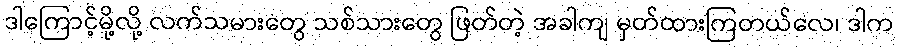
ဒါကြောင့်မို့လို့ လက်သမားတွေ သစ်သားတွေ ဖြတ်တဲ့ အခါကျ မှတ်ထားကြတယ်လေ၊ ဒါက